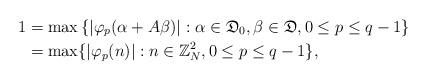
LaTeX: \begin{align*}1&=\max\left\{|\varphi_p(\alpha +A\beta)|: \alpha \in \mathfrak D_0, \beta \in \mathfrak D, 0\leq p \leq q-1 \right\}\\&= \max\{|\varphi_p(n)|: n \in {\mathbb{Z}}^2_N, 0\leq p \leq q-1 \},\end{align*}